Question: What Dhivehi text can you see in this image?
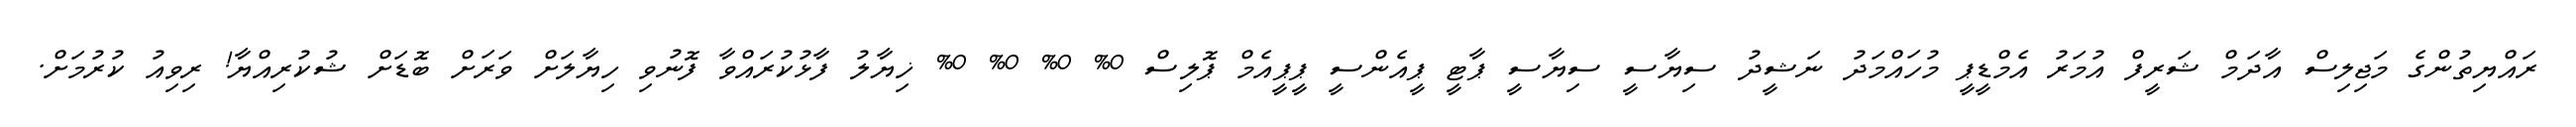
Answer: ރައްޔިތުންގެ މަޖިލިސް އާދަމް ޝަރީފް އުމަރު އެމްޑީޕީ މުހައްމަދު ނަޝީދު ސިޔާސީ ސިޔާސީ ޕާޓީ ޕީއެންސީ ޕީޕީއެމް ޕޮލިސް 0% 0% 0% 0% ޚިޔާލު ފާޅުކުރައްވާ ފޮނުވި ހިޔާލަށް ވަރަށް ބޮޑަށް ޝުކުރިއްޔާ! ރިވިއު ކުރުމަށް.